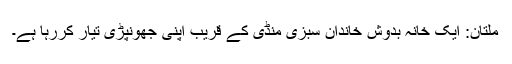
ملتان: ایک خانہ بدوش خاندان سبزی منڈی کے قریب اپنی جھونپڑی تیار کررہا ہے۔